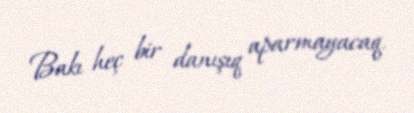
Bakı heç bir danışıq aparmayacaq.